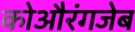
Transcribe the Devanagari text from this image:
कोऔरंगजेब